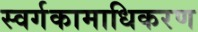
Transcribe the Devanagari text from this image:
स्वर्गकामाधिकरण